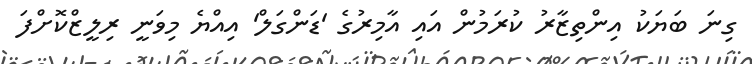
ގިނަ ބަޔަކު އިންތިޒާރު ކުރަމުން އައި އާމިރުގެ 'ޑަންގަލް' އިއްޔެ މިވަނީ ރިލީޒްކޮށްފަ